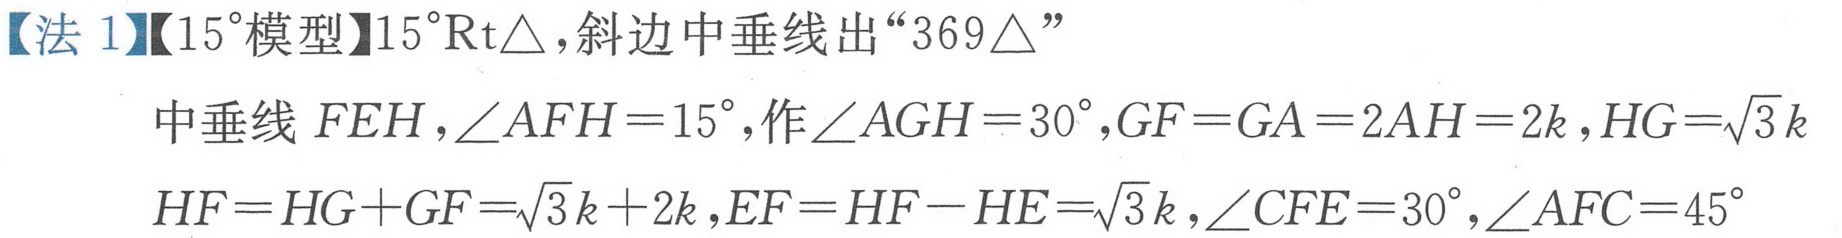
【法 1】【\(15^{\circ}\)模型】\(15^{\circ}\text{Rt}\triangle\)，斜边中垂线出“\(369\triangle\)”
中垂线 \(FEH\)，\(\angle AFH = 15^{\circ}\)，作\(\angle AGH = 30^{\circ}\)，\(GF = GA = 2AH = 2k\)，\(HG=\sqrt{3}k\)
\(HF = HG + GF=\sqrt{3}k + 2k\)，\(EF = HF - HE=\sqrt{3}k\)，\(\angle CFE = 30^{\circ}\)，\(\angle AFC = 45^{\circ}\)